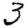
Digit: 3